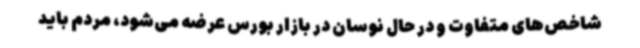
شاخص‌های متفاوت و در حال نوسان در بازار بورس عرضه می‌شود، مردم باید